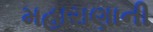
મહારાણાની